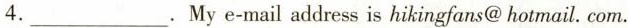
4.___. My e-mail address is hikingfans@ hotmail. com.